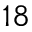
^ { 1 8 }